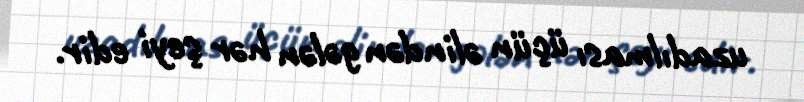
uzadılması üçün əlindən gələn hər şeyi edir.